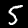
Digit: 5